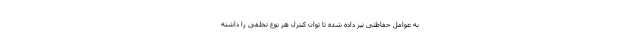
به عوامل حفاظتی نیز داده شده تا توان کنترل هر نوع تخلفی را داشته